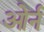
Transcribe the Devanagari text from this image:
ओर्न